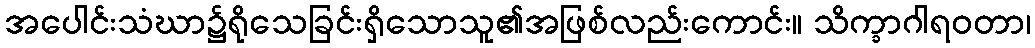
အပေါင်းသံဃာ၌ရိုသေခြင်းရှိသောသူ၏အဖြစ်လည်းကောင်း။ သိက္ခာဂါရဝတာ၊